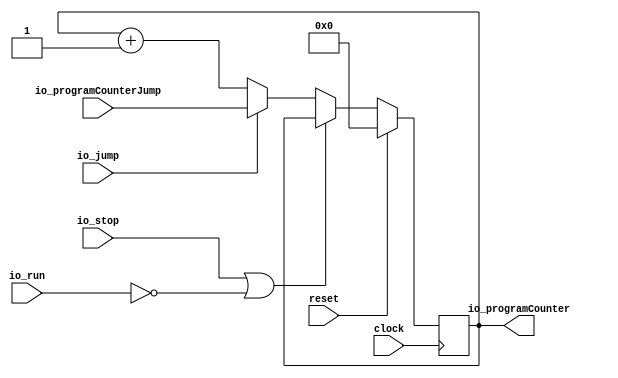
module ProgramCounter(
  input         clock,
  input         reset,
  input         io_stop,
  input         io_jump,
  input         io_run,
  input  [15:0] io_programCounterJump,
  output [15:0] io_programCounter
);
`ifdef RANDOMIZE_REG_INIT
  reg [31:0] _RAND_0;
`endif // RANDOMIZE_REG_INIT
  reg [15:0] finReg; // @[ProgramCounter.scala 15:23]
  wire  _T = ~io_run; // @[ProgramCounter.scala 17:29]
  wire  _T_1 = io_stop | _T; // @[ProgramCounter.scala 17:25]
  wire [15:0] _T_3 = finReg + 16'h1; // @[ProgramCounter.scala 17:90]
  assign io_programCounter = finReg; // @[ProgramCounter.scala 18:21]
`ifdef RANDOMIZE_GARBAGE_ASSIGN
`define RANDOMIZE
`endif
`ifdef RANDOMIZE_INVALID_ASSIGN
`define RANDOMIZE
`endif
`ifdef RANDOMIZE_REG_INIT
`define RANDOMIZE
`endif
`ifdef RANDOMIZE_MEM_INIT
`define RANDOMIZE
`endif
`ifndef RANDOM
`define RANDOM $random
`endif
`ifdef RANDOMIZE_MEM_INIT
  integer initvar;
`endif
`ifndef SYNTHESIS
`ifdef FIRRTL_BEFORE_INITIAL
`FIRRTL_BEFORE_INITIAL
`endif
initial begin
  `ifdef RANDOMIZE
    `ifdef INIT_RANDOM
      `INIT_RANDOM
    `endif
    `ifndef VERILATOR
      `ifdef RANDOMIZE_DELAY
        #`RANDOMIZE_DELAY begin end
      `else
        #0.002 begin end
      `endif
    `endif
`ifdef RANDOMIZE_REG_INIT
  _RAND_0 = {1{`RANDOM}};
  finReg = _RAND_0[15:0];
`endif // RANDOMIZE_REG_INIT
  `endif // RANDOMIZE
end // initial
`ifdef FIRRTL_AFTER_INITIAL
`FIRRTL_AFTER_INITIAL
`endif
`endif // SYNTHESIS
  always @(posedge clock) begin
    if (reset) begin
      finReg <= 16'h0;
    end else if (!(_T_1)) begin
      if (io_jump) begin
        finReg <= io_programCounterJump;
      end else begin
        finReg <= _T_3;
      end
    end
  end
endmodule